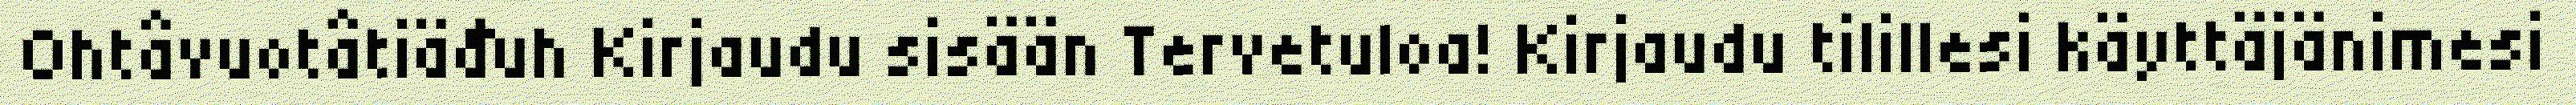
Ohtâvuotâtiäđuh Kirjaudu sisään Tervetuloa! Kirjaudu tilillesi käyttäjänimesi